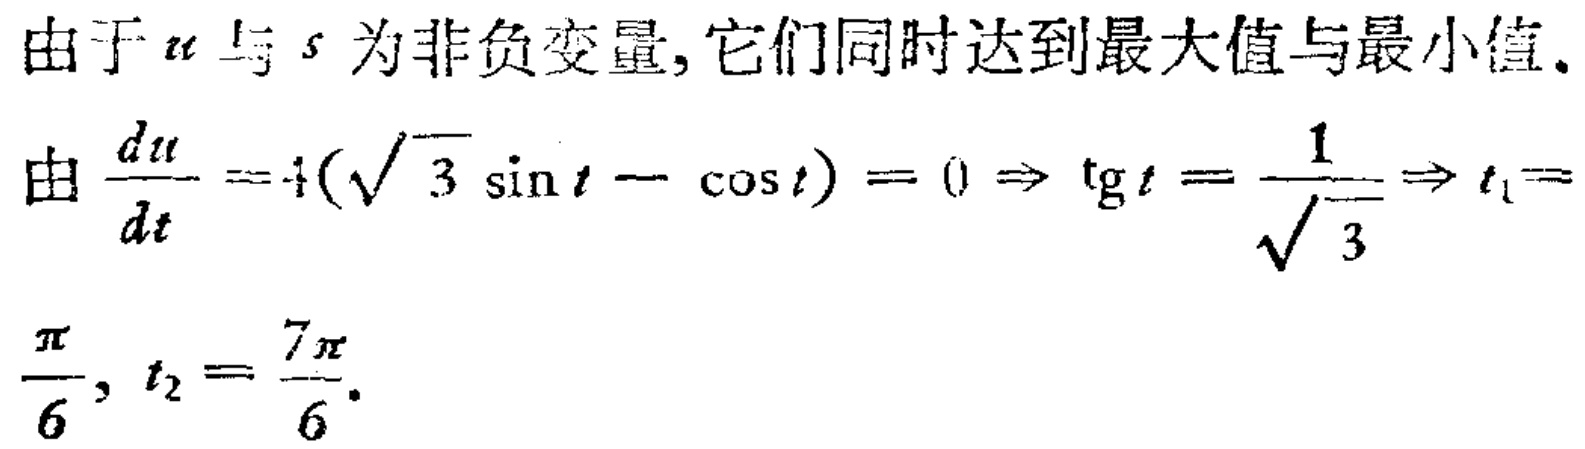
由于 \(u\) 与 \(s\) 为非负变量, 它们同时达到最大值与最小值.
由 \(\frac{du}{dt} = 4(\sqrt{3} \sin t - \cos t) = 0 \Rightarrow \mathrm{tg}t = \frac{1}{\sqrt{3}} \Rightarrow t_1 = \frac{\pi}{6}, t_2 = \frac{7\pi}{6}\).